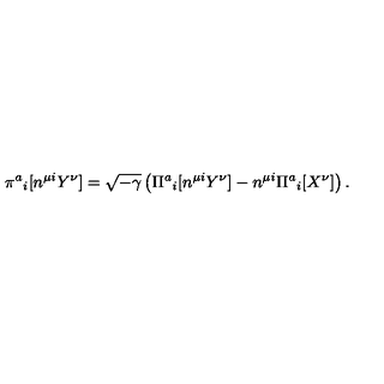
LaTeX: \pi ^ { a } { } _ { i } [ n ^ { \mu i } Y ^ { \nu } ] = \sqrt { - \gamma } \left( \Pi ^ { a } { } _ { i } [ n ^ { \mu i } Y ^ { \nu } ] - n ^ { \mu i } \Pi ^ { a } { } _ { i } [ X ^ { \nu } ] \right) .